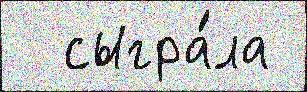
  сыгра́ла